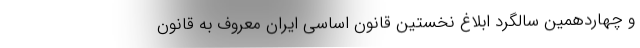
و چهاردهمین سالگرد ابلاغ نخستین قانون اساسی ایران معروف به قانون